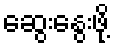
ဆွေးနွေးဖို့